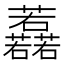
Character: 䖃